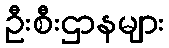
ဦးစီးဌာနများ